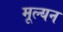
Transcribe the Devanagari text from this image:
मूल्‍यन